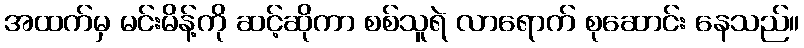
အထက်မှ မင်းမိန့်ကို ဆင့်ဆိုကာ စစ်သူရဲ လာရောက် စုဆောင်း နေသည်။